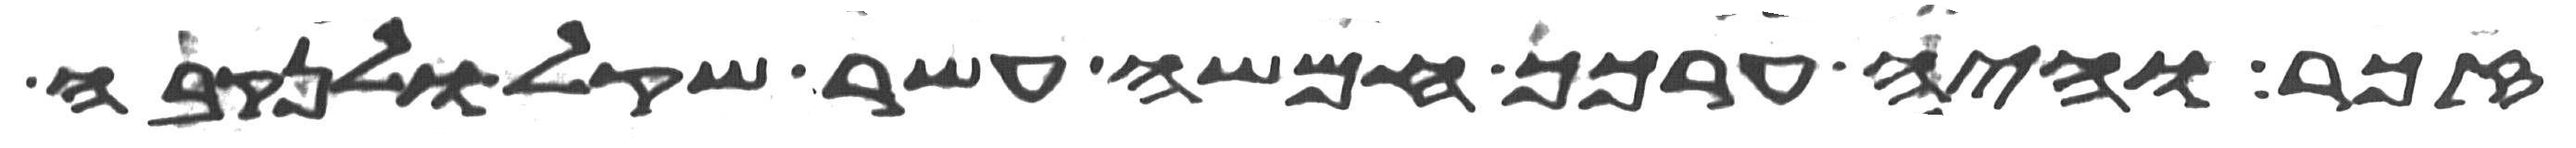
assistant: זכר והיה ערכך חמשה עשר שקל ולנקבה